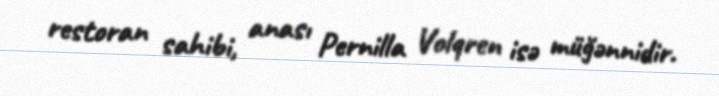
restoran sahibi, anası Pernilla Volqren isə müğənnidir.